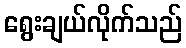
ရွေးချယ်လိုက်သည်